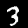
Label: 3